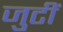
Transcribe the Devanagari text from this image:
जुटीं